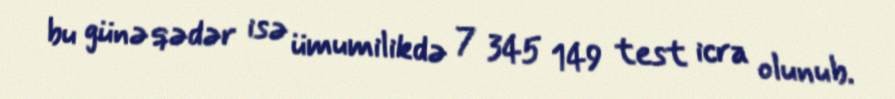
bu günə qədər isə ümumilikdə 7 345 149 test icra olunub.